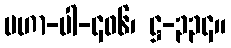
မဟာ-ပါ-၄၀၆၊ ဋ္ဌ-၃၃၄။